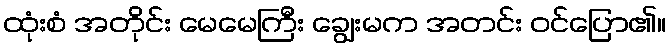
ထုံးစံ အတိုင်း မေမေကြီး ချွေးမက အတင်း ဝင်ပြော၏။